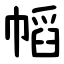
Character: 幍